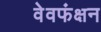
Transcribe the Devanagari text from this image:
वेवफंक्षन